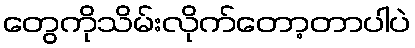
တွေကိုသိမ်းလိုက်တော့တာပါပဲ